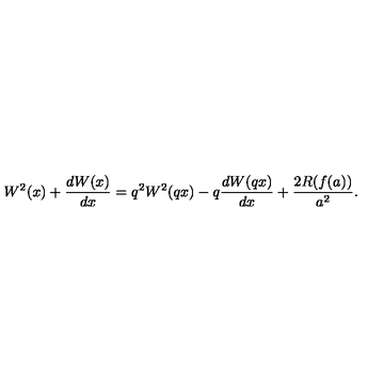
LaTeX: W ^ { 2 } ( x ) + \frac { d W ( x ) } { d x } = q ^ { 2 } W ^ { 2 } ( q x ) - q \frac { d W ( q x ) } { d x } + \frac { 2 R ( f ( a ) ) } { a ^ { 2 } } .